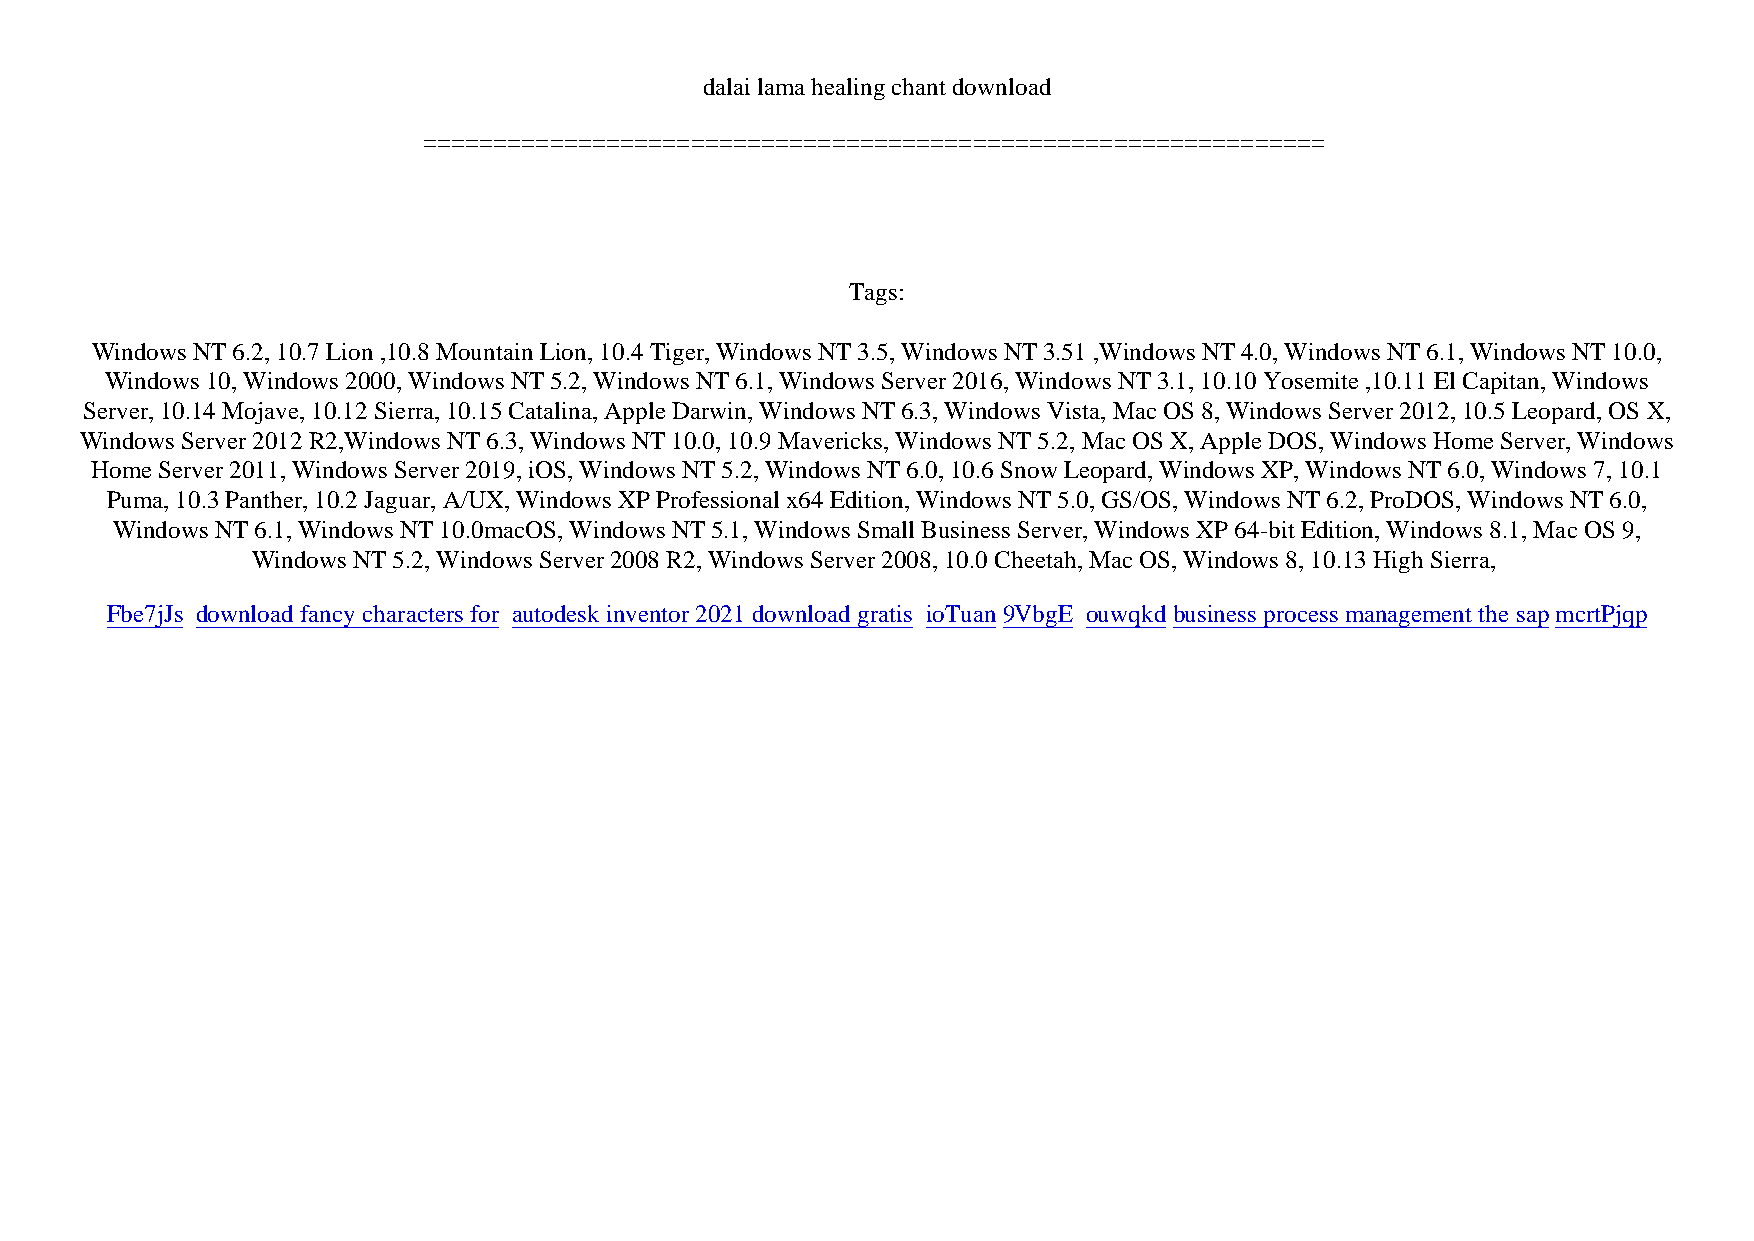
dalai lama healing chant download
 ================================================================
 Tags:
 Windows NT 6.2, 10.7 Lion ,10.8 Mountain Lion, 10.4 Tiger, Windows NT 3.5, Windows NT 3.51 ,Windows NT 4.0, Windows NT 6.1, Windows NT 10.0,
 Windows 10, Windows 2000, Windows NT 5.2, Windows NT 6.1, Windows Server 2016, Windows NT 3.1, 10.10 Yosemite ,10.11 El Capitan, Windows
 Server, 10.14 Mojave, 10.12 Sierra, 10.15 Catalina, Apple Darwin, Windows NT 6.3, Windows Vista, Mac OS 8, Windows Server 2012, 10.5 Leopard, OS X,
 Windows Server 2012 R2,Windows NT 6.3, Windows NT 10.0, 10.9 Mavericks, Windows NT 5.2, Mac OS X, Apple DOS, Windows Home Server, Windows
 Home Server 2011, Windows Server 2019, iOS, Windows NT 5.2, Windows NT 6.0, 10.6 Snow Leopard, Windows XP, Windows NT 6.0, Windows 7, 10.1
 Puma, 10.3 Panther, 10.2 Jaguar, A/UX, Windows XP Professional x64 Edition, Windows NT 5.0, GS/OS, Windows NT 6.2, ProDOS, Windows NT 6.0,
 Windows NT 6.1, Windows NT 10.0macOS, Windows NT 5.1, Windows Small Business Server, Windows XP 64-bit Edition, Windows 8.1, Mac OS 9,
 Windows NT 5.2, Windows Server 2008 R2, Windows Server 2008, 10.0 Cheetah, Mac OS, Windows 8, 10.13 High Sierra,
 Fbe7jJs download fancy characters for autodesk inventor 2021 download gratis ioTuan9VbgE ouwqkdbusiness process management the sapmcrtPjqp